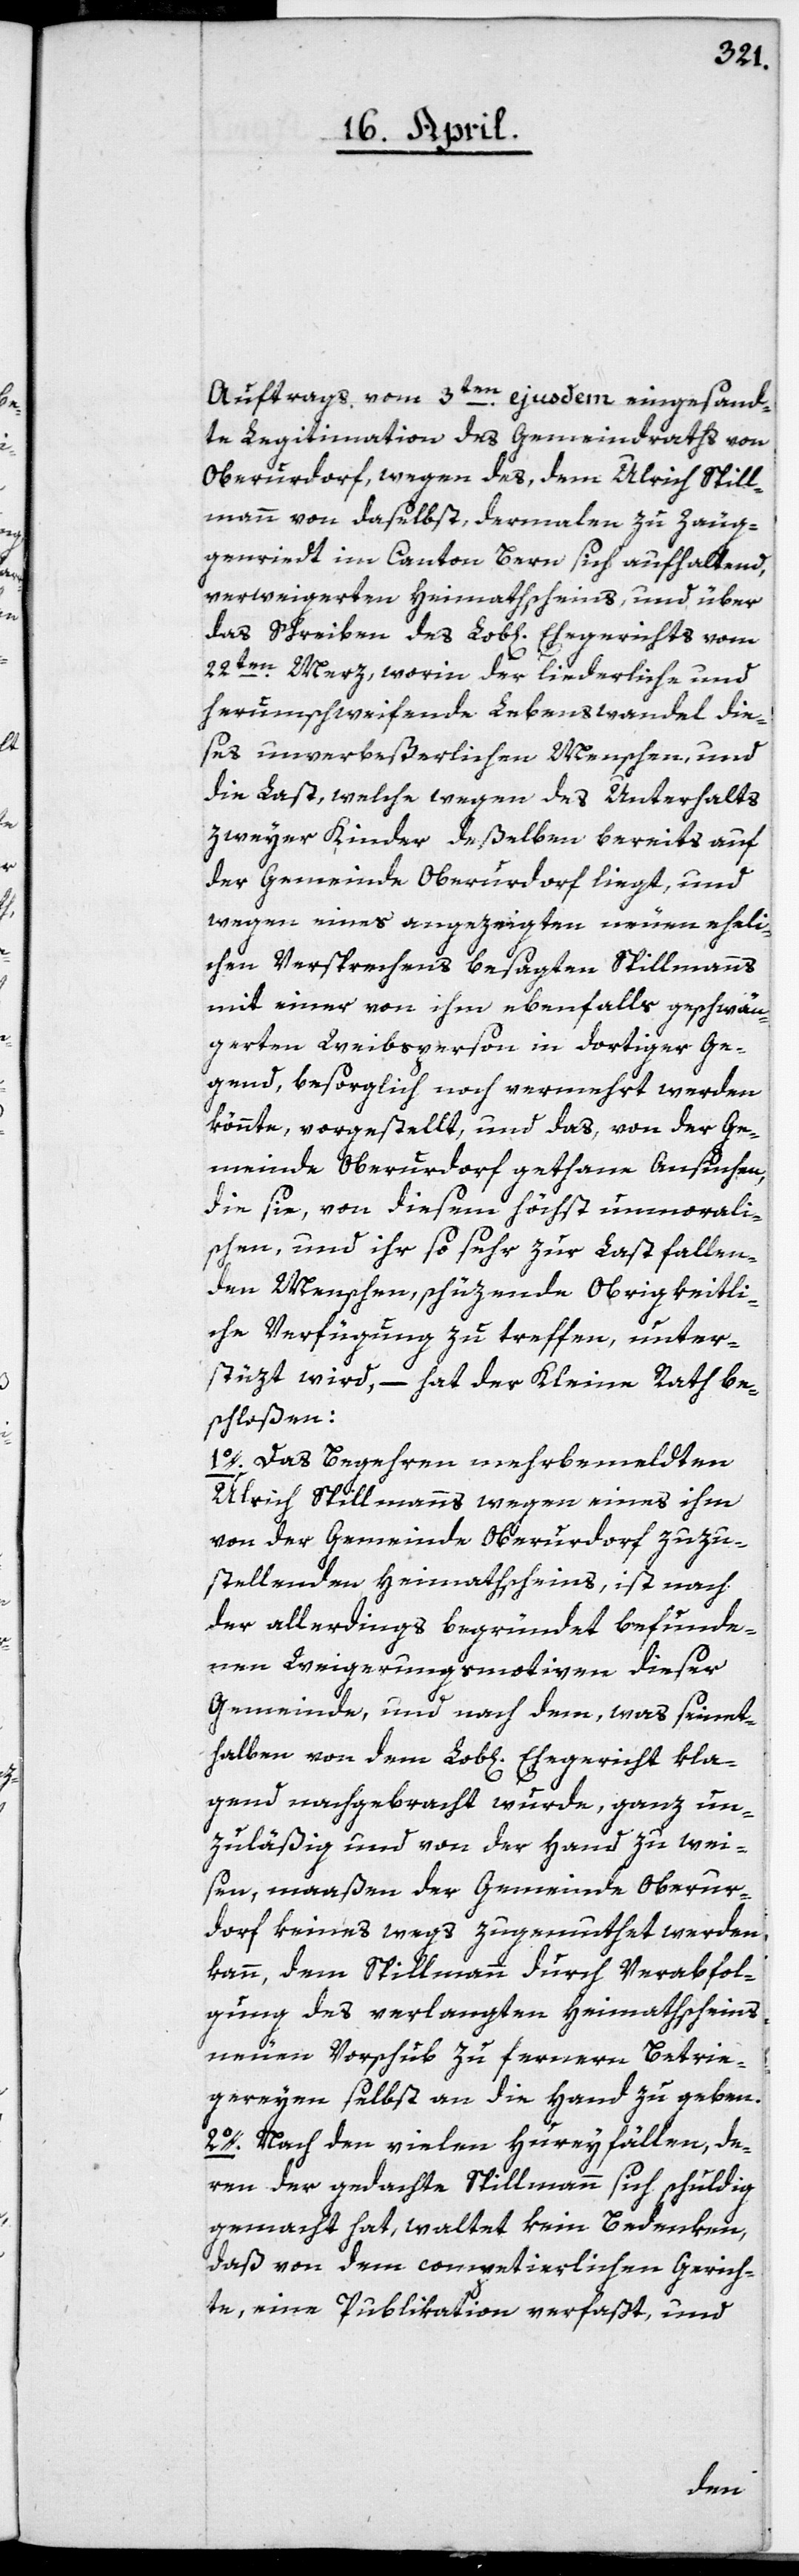
Auftrags vom 3ten ejusdem eingesand¬
te Legitimation des Gemeindraths von
Oberurdorf, wegen des, dem Ulrich Spill¬
von daselbst, dermalen zu Zeug¬
genriedt im Canton Bern sich aufhaltend,
verweigerten Heimathscheins, und über
das Schreiben des Lob[lichen] Ehegerichts vom
22ten Merz, worin der liederliche und
herumschweifende Lebenswandel die¬
ses unverbeßerlichen Menschen, und
die Last, welche wegen des Unterhalts
zweyer Kinder deßelben bereits auf
der Gemeinde Oberurdorf liegt, und
wegen eines angezeigten neuen eheli¬
chen Versprechens besagten Spillmanns,
mit einer von ihm ebenfalls geschwän¬
gerten Weibsperson in dortiger Ge¬
gend, besorglich noch vermehrt werden
könnte, vorgestellt, und das, von der Ge¬
meinde Oberurdorf gethane Ansuchen,
die sie, von diesem höchst unmorali¬
schen, und ihr so sehr zur Last fallen¬
den Menschen, schüzende Obrigkeitli¬
che Verfügung zu treffen, unter¬
stüzt wird, – hat der Kleine Rath be¬
schloßen:
1o. Das Begehren mehrbemeldten
Ulrich Spillmanns wegen eines ihm
von der Gemeinde Oberurdorf zuzu¬
stellenden Heimathscheins, ist nach
der allerdings begründet befunde¬
nen Weigerungsmotiven dieser
Gemeinde, und nach dem, was seinet¬
halben von dem Lob[lichen] Ehegericht kla¬
gend nachgebracht wurde, ganz un¬
zuläßig und von der Hand zu wei¬
sen, maaßen der Gemeinde Oberur¬
dorf keineswegs zugemuthet werden
kann, dem Spillmann durch Verabfol¬
gung des verlangten Heimathscheins
neuen Vorschub zu fernern Betrie¬
gereyen selbst an die Hand zu geben.
2o. Nach den vielen Hureyfällen, de¬
ren der gedachte Spillmann sich schuldig
gemacht hat, waltet kein Bedenken,
daß von dem competierlichen Gerich¬
te, eine Publikation verfaßt, und
mann